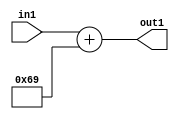
`timescale 1ps / 1ps
/*****************************************************************************
    Verilog RTL Description
    
    
    Created by: Stratus DpOpt 2019.1.01 
*******************************************************************************/

module DC_Filter_Add_12U_220_1 (
	in1,
	out1
	); /* architecture "behavioural" */ 
input [11:0] in1;
output [11:0] out1;
wire [11:0] asc001;

assign asc001 = 
	+(in1)
	+(12'B000001101001);

assign out1 = asc001;
endmodule

/* CADENCE  urj4Tgg= : u9/ySgnWtBlWxVPRXgAZ4Og= ** DO NOT EDIT THIS LINE ******/